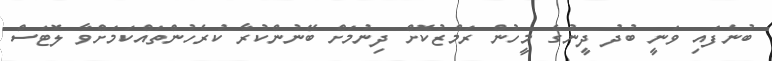
ބުނެފައި ވަނީ ބުދު ދީނުގެ މީހުން ރަމްޒުކޮށް ދިނުމަށް ބޭނުންކުރާ ކުރެހުންތައްކަމަށްވާ ލޮޓަސް